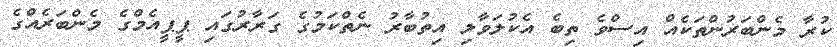
ކުރާ މެންބަރުންތަކެއް އިސްވެ ތިބެ އެކުލަވާލި އިތުބާރު ނެތްކަމުގެ ގަރާރުގައި ޕީޕީއެމްގެ މެންބަރެއްގެ